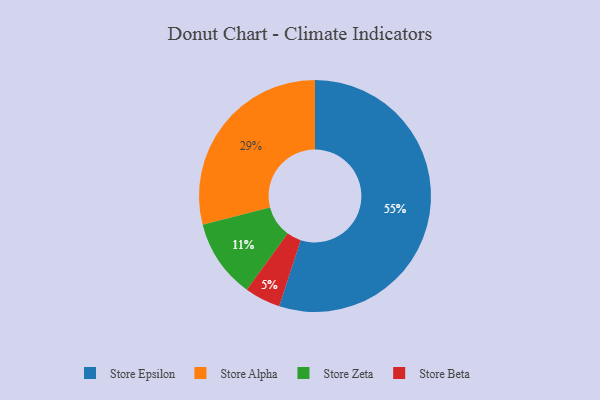
{"axis": {"x": "Category", "y": "Percentage"}, "legend": ["Store Alpha", "Store Beta", "Store Epsilon", "Store Zeta"], "data": [{"x": "Store Epsilon", "y": 55, "type": "Store Epsilon"}, {"x": "Store Beta", "y": 5, "type": "Store Beta"}, {"x": "Store Zeta", "y": 11, "type": "Store Zeta"}, {"x": "Store Alpha", "y": 29, "type": "Store Alpha"}]}